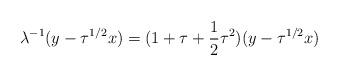
LaTeX: \begin{align*}\lambda^{-1}(y-\tau^{1/2}x)=(1+\tau +\frac{1}{2}\tau^{2})(y-\tau^{1/2}x)\end{align*}